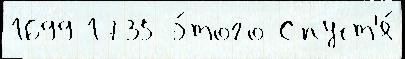
1699 1735 э́того Спуст'я́